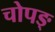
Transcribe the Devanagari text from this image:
चोपङ्